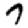
Digit: 7